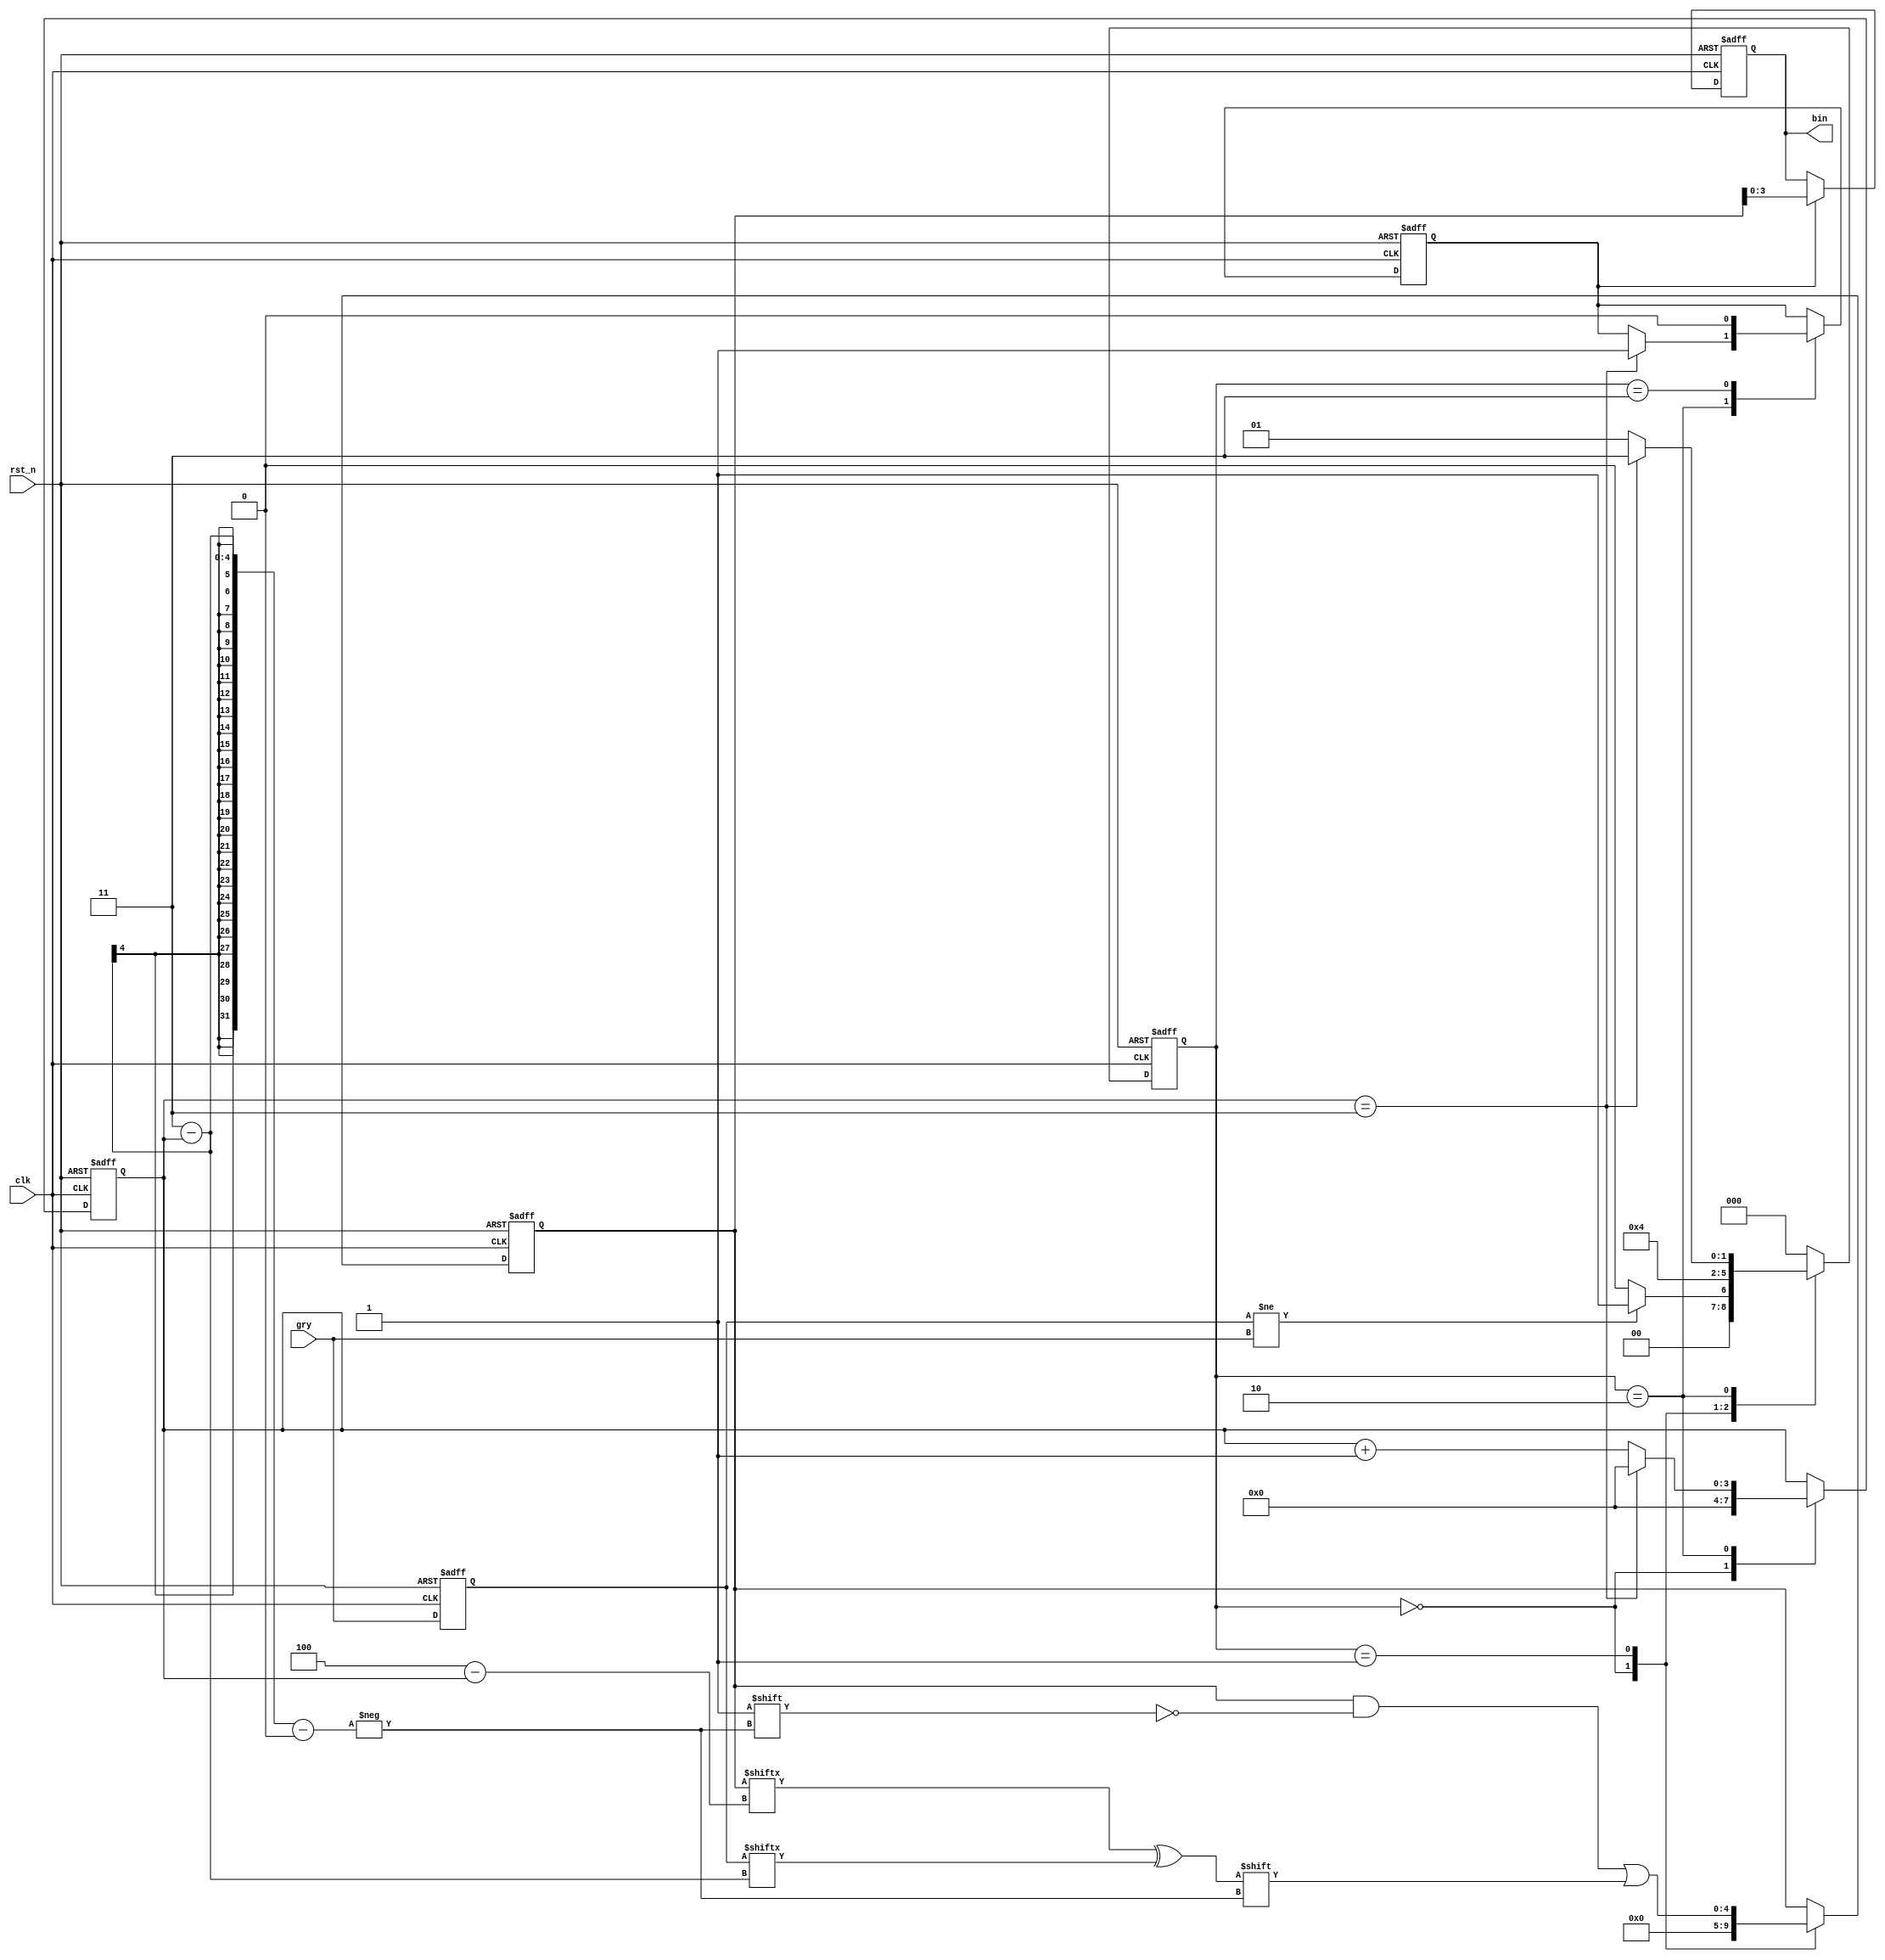
/********************************Copyright**************************************                           
**----------------------------File information--------------------------
** Funtions   :
** Operate on :M5C06N3L114C7
** Copyright  :All rights reserved. 
** Version    :V1.0
**---------------------------Modify the file information----------------
** Modified by   :
** Modified data :        
** Modify Content:
*******************************************************************************/
 
  module  grytobin  (
               clk,
               rst_n,
               
                         gry,
                         bin
                 );
     localparam width = 4;
     input          clk;
     input          rst_n;
     
     input   [width-1:0]  gry;
     output  [width-1:0]  bin;
     reg     [width-1:0]  bin; 
 //---------------------------
  reg   [width-1:0]  gry_1;  /*  */ 
    always @(posedge clk or negedge rst_n)
     begin
      if(!rst_n)
       begin
            gry_1 <= 'd0;
        end
      else 
        begin
          gry_1 <= gry;
        end
      end 
    //--------------------------
 reg   [2:0]    state;
 reg   [width-1:0] n;
 reg            switchover;
 reg   [width:0] bin_1;   /*  */
 always @(posedge clk or negedge rst_n)
 begin
  if(!rst_n)
   begin
     state <= 0;
         n <= 0;
         switchover <= 0;
         bin_1 <= 'd0;
    end
  else 
    begin
     case(state) 
            'd0:
              begin
                     n <= 0;
                     bin_1 <= 'd0;
                    if(gry_1[width-1:0]!= gry)    
                      state <= 'd1;
                    else 
                        state <= 'd0;
                end
            'd1:
                 begin
                   bin_1[width-1-n] <= bin_1[width-n]^gry_1[width-1-n];  /*  */
                     state <= 'd2;    
                    end
            'd2:
              begin
                    if(n==(width-1))
                     begin
                         n <= 0;
                         state <= 'd3;
                         switchover <= 1;
                      end
                    else 
                        begin
                            n <= n + 1;
                          state <= 'd1;                                    
                        end
                    end
                'd3:
                  begin
                     switchover <= 0;     
                     state <= 'd0;
                    end
                default:state <= 'd0;
            endcase
    end
  end
    
    
always @(posedge clk or negedge rst_n)
 begin
   if(!rst_n)
     begin
      bin <= 'd0;
      end
    else if(switchover) bin <= bin_1;
    else bin <= bin;
  end    
 
endmodule